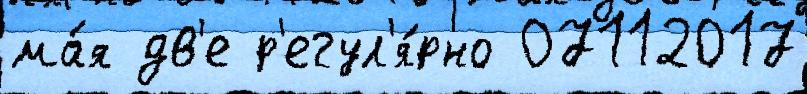
ма́я дв'е р'егул'я́рно 07112017